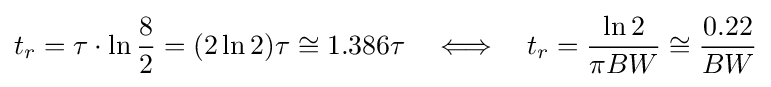
t_{r}=\tau \cdot \ln {\frac {8}{2}}=(2\ln 2)\tau \cong 1.386\tau \quad \Longleftrightarrow \quad t_{r}={\frac {\ln 2}{\pi BW}}\cong {\frac {0.22}{BW}}